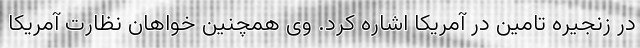
در زنجیره تامین در آمریکا اشاره کرد. وی همچنین خواهان نظارت آمریکا